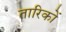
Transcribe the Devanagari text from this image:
तारिकों